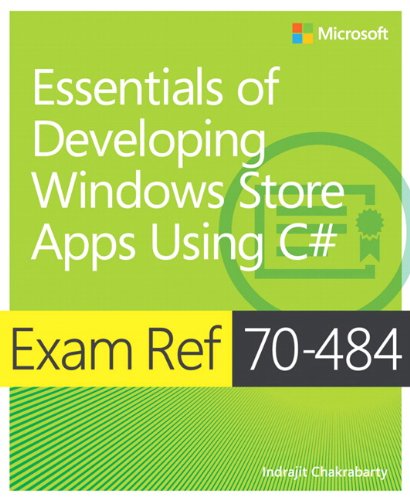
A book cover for Exam Ref 70-484 Essentials of Developing Windows Store Apps using C# (MCSD); Indrajit Chakrabarty; Computers & Technology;